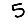
Digit: 5